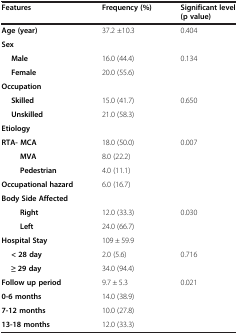
| Features | Frequency (%) | Significant level (p value) |
 | --- | --- | --- |
 | Age (year) | 37.2 ±10.3 | 0.404 |
 | Sex |  |  |
 | Male | 16.0 (44.4) | <ROWSPAN=2> 0.134 |
 | Female | 20.0 (55.6) |
 | Occupation |  |  |
 | Skilled | 15.0 (41.7) | <ROWSPAN=2> 0.650 |
 | Unskilled | 21.0 (58.3) |
 | Etiology |  |  |
 | RTA- MCA | 18.0 (50.0) | <ROWSPAN=4> 0.007 |
 | MVA | 8.0 (22.2) |
 | Pedestrian | 4.0 (11.1) |
 | Occupational hazard | 6.0 (16.7) |
 | Body Side Affected |  |  |
 | Right | 12.0 (33.3) | <ROWSPAN=2> 0.030 |
 | Left | 24.0 (66.7) |
 | Hospital Stay | 109 ± 59.9 |  |
 | < 28 day | 2.0 (5.6) | <ROWSPAN=2> 0.716 |
 | ≥ 29 day | 34.0 (94.4) |
 | Follow up period | 9.7 ± 5.3 | <ROWSPAN=3> 0.021 |
 | 0-6 months | 14.0 (38.9) |
 | 7-12 months | 10.0 (27.8) |
 | 13-18 months | 12.0 (33.3) |  |